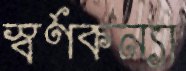
স্বর্ণকন্যা